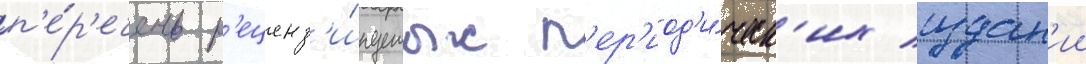
п'е́р'ечень р'еценз'и́руемых п'ер'иод'и́ческ'их издан'ии